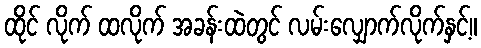
ထိုင် လိုက် ထလိုက် အခန်းထဲတွင် လမ်းလျှောက်လိုက်နှင့်။